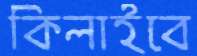
কিলাইবে